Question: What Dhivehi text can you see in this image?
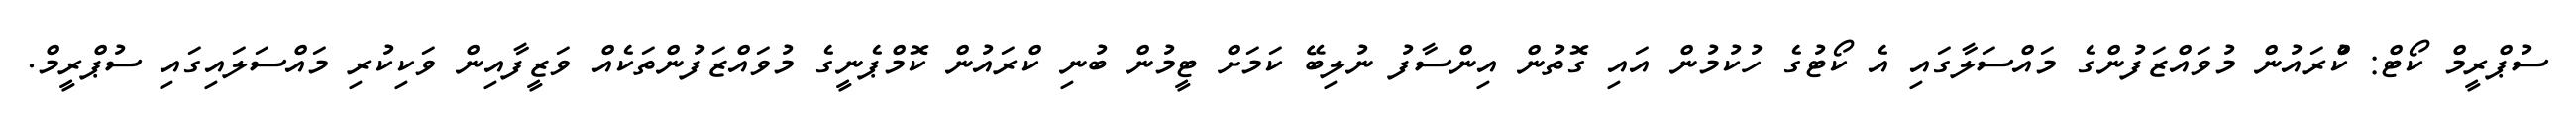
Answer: ސުޕްރީމް ކޯޓް: ކްުރައުން މުވައްޒަފުންގެ މައްސަލާގައި އެ ކޯޓުގެ ހުކުމުން އައި ގޮތުން އިންސާފު ނުލިބޭ ކަމަށް ޓީމުން ބުނި ކްރައުން ކޮމްޕެނީގެ މުވައްޒަފުންތަކެއް ވަޒީފާއިން ވަކިކުރި މައްސަލައިގައި ސުޕްރީމް.